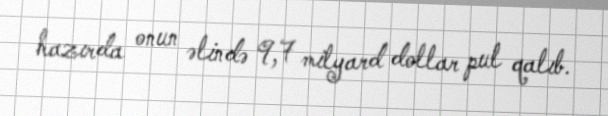
hazırda onun əlində 9,7 milyard dollar pul qalıb.